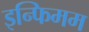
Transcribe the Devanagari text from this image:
इन्फिमम